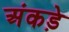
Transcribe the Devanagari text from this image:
अंकड़े